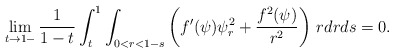
\begin{align*}\lim_{t\to1-}\frac{1}{1-t}\int_t^1\int_{0<r<1-s}\left(f'(\psi)\psi_r^2+\frac{f^2(\psi)}{r^2}\right)\,rdrds=0.\end{align*}